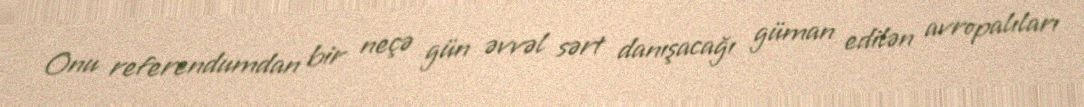
Onu referendumdan bir neçə gün əvvəl sərt danışacağı güman edilən avropalıları